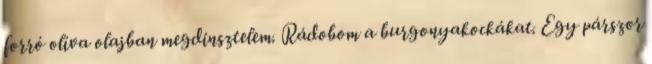
forró olíva olajban megdinsztelem. Rádobom a burgonyakockákat. Egy párszor